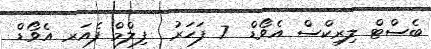
ބެސްޓް ލިރިކްސް އެވޯޑް  7 ފަހަރު  ފިލްމް ފެއަރ އެވޯޑް